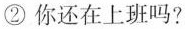
② 你还在上班吗?